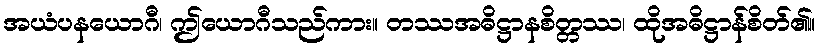
အယံပနယောဂီ၊ ဤယောဂီသည်ကား။ တဿအဓိဋ္ဌာနစိတ္တဿ၊ ထိုအဓိဋ္ဌာန်စိတ်၏။